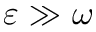
\varepsilon \gg \omega